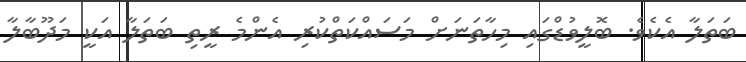
ބަތަލާ އެކެވެ. ބޮލީވުޑްގައި މިހާތަނަށް މަސައްކަތްކުރި އެންމެ ރީތި ބަތަލާ އަކީ މަދޫބާލާ